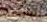
اليابسة